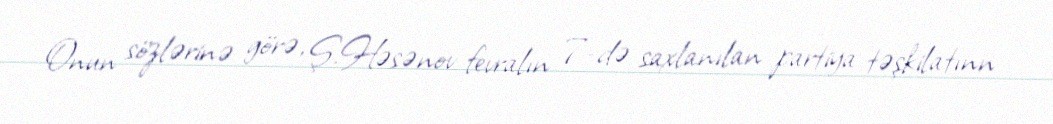
Onun sözlərinə görə, Ş.Həsənov fevralın 7-də saxlanılan partiya təşkilatınn